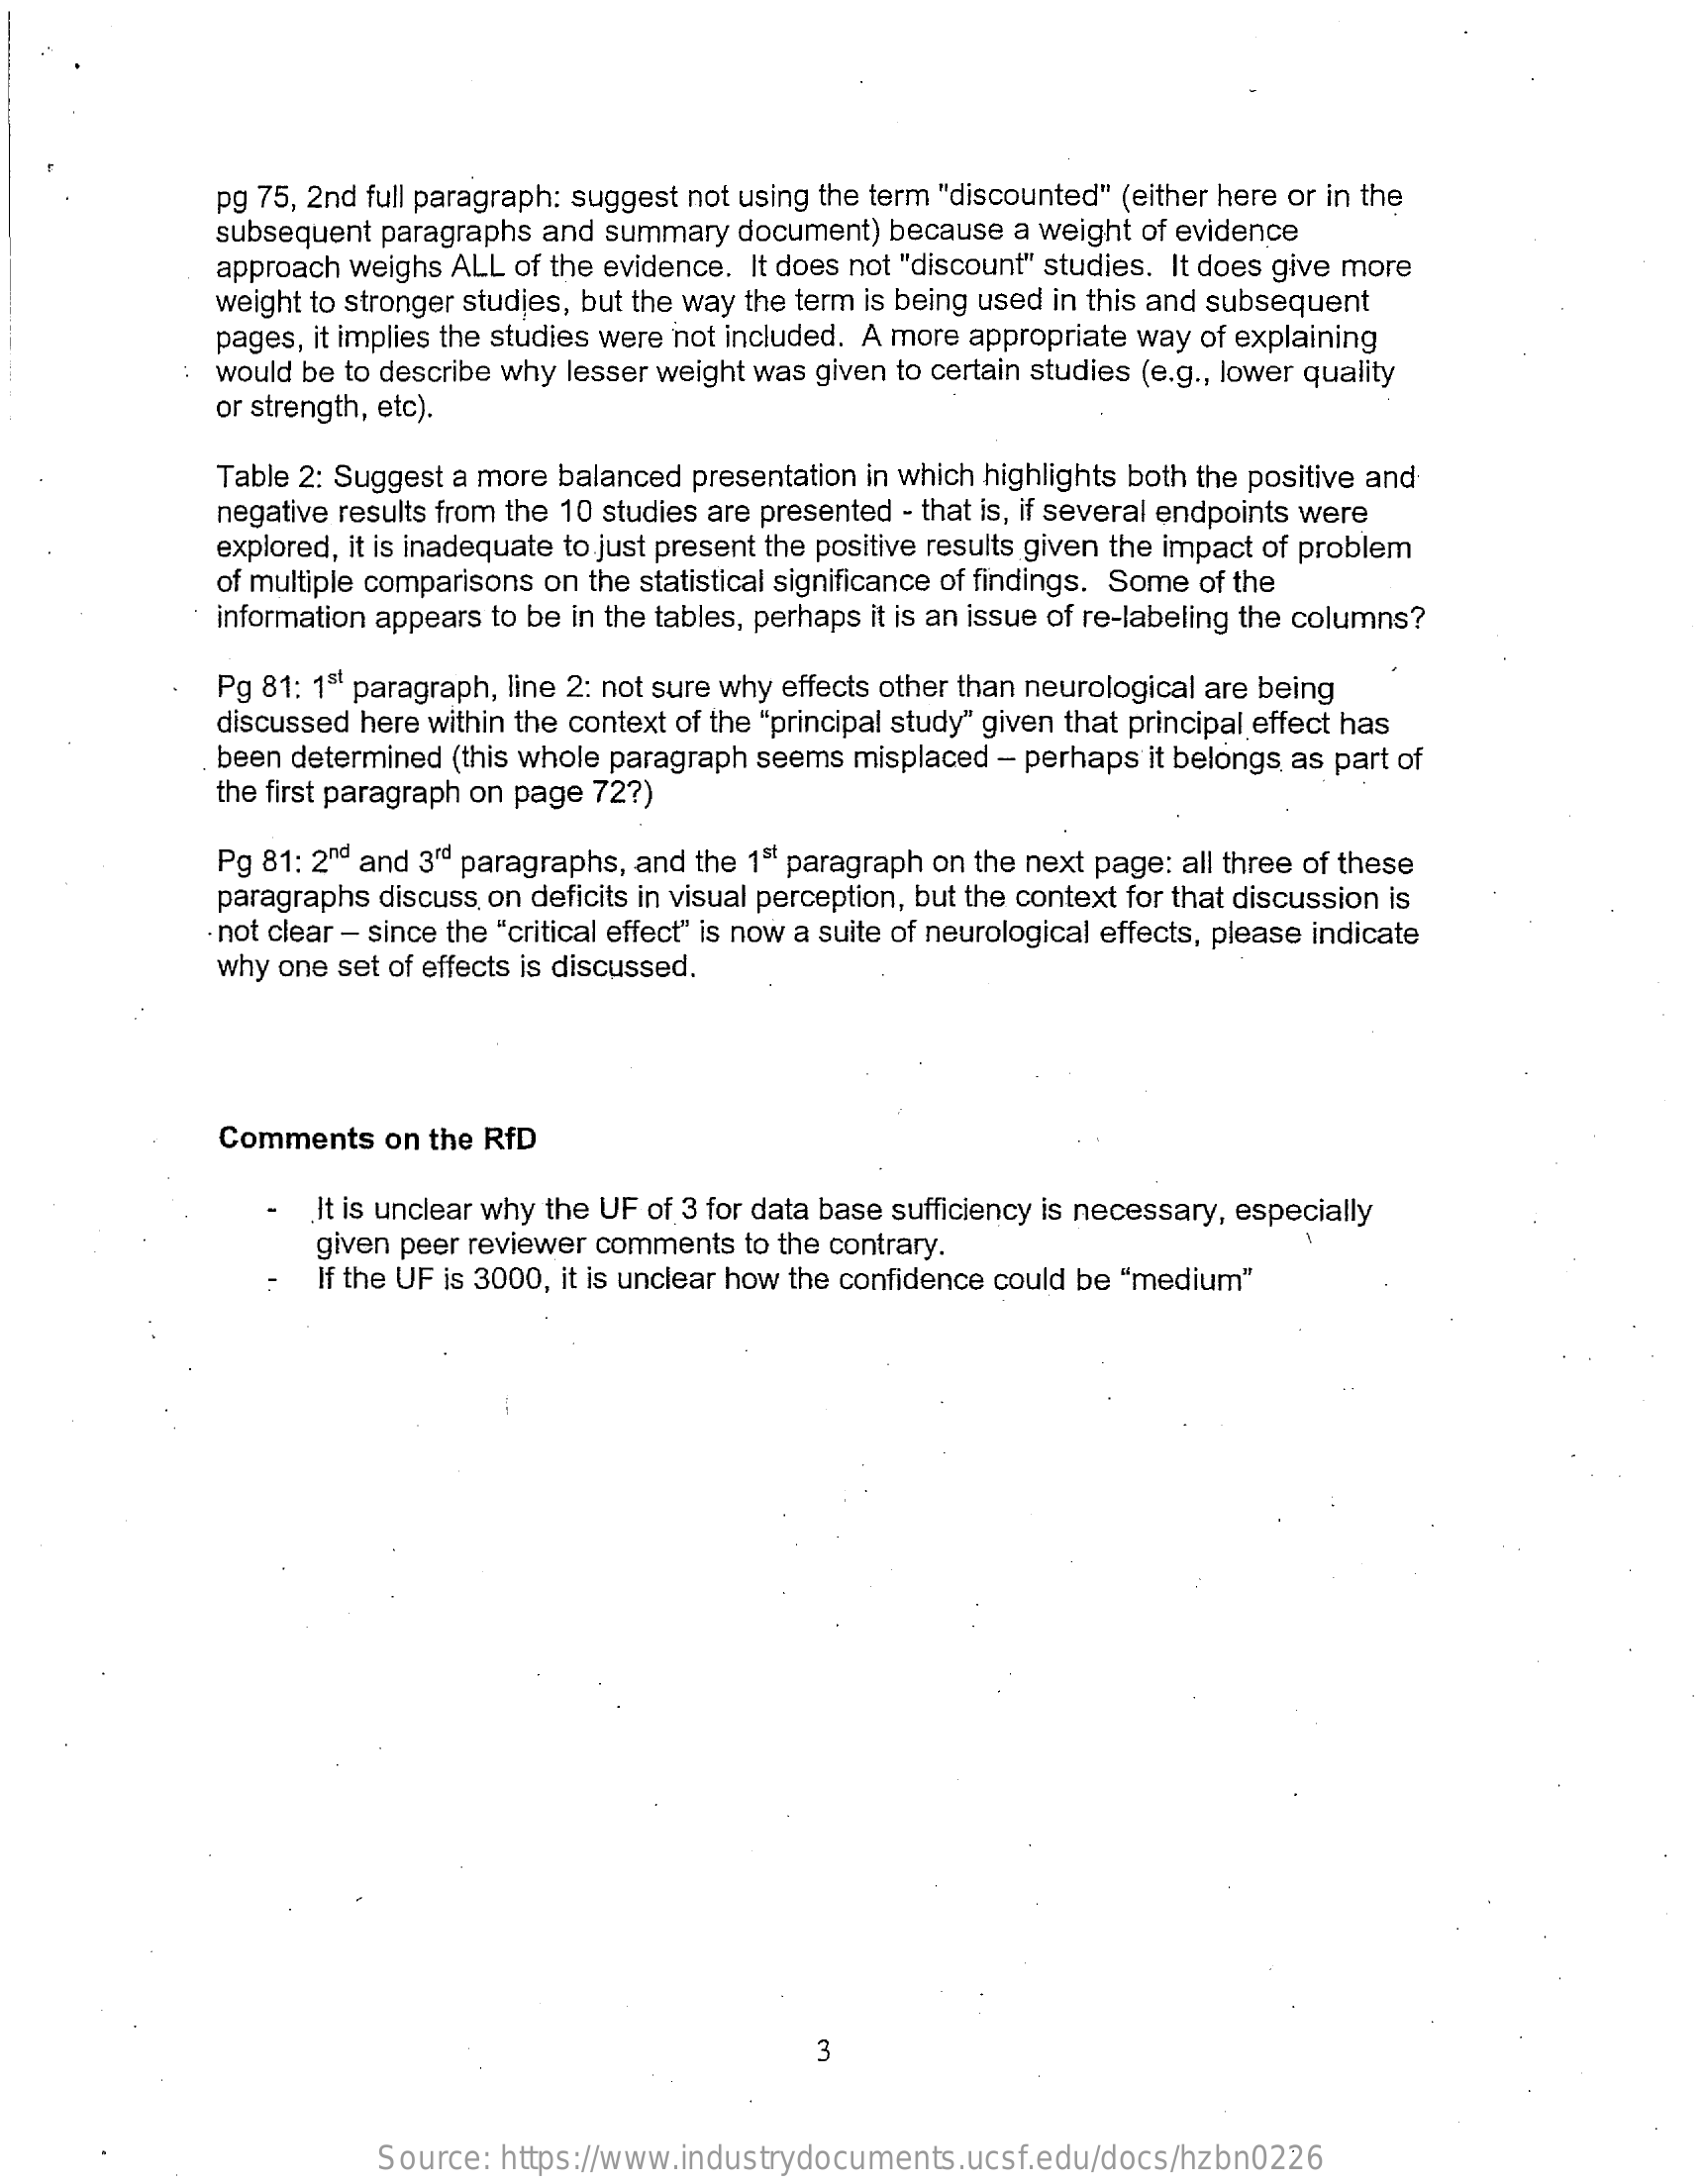
pg 75, 2nd full paragraph: suggest not using the term "discounted" (either here or in the
     subsequent paragraphs and summary document) because a weight of evidence
     approach weighs ALL of the evidence. It does not "discount" studies. It does give more
     weight to stronger studies, but the way the term is being used in this and subsequent
     pages, it implies the studies were not included. A more appropriate way of explaining
     would be to describe why lesser weight was given to certain studies (e.g ., lower quality
     or strength, etc).
     Table 2: Suggest a more balanced presentation in which highlights both the positive and
     negative results from the 10 studies are presented - that is, if several endpoints were
     explored, it is inadequate to just present the positive results given the impact of problem
     of multiple comparisons on the statistical significance of findings. Some of the
     information appears to be in the tables, perhaps it is an issue of re-labeling the columns?
     Pg 81: 181 paragraph, line 2: not sure why effects other than neurological are being
     discussed here within the context of the "principal study" given that principal effect has
     been determined (this whole paragraph seems misplaced - perhaps it belongs as part of
     the first paragraph on page 72?)
     Pg 81: 2nd and 3" paragraphs, and the 15 paragraph on the next page: all three of these
     paragraphs discuss on deficits in visual perception, but the context for that discussion is
     not clear - since the "critical effect" is now a suite of neurological effects, please indicate
     why one set of effects is discussed.
     Comments   on the RfD
     .It is unclear why the UF of 3 for data base sufficiency is necessary, especially
     given peer reviewer comments to the contrary.
     If the UF is 3000, it is unclear how the confidence could be "medium"
     3
     Source: https://www.industrydocuments.ucsf.edu/docs/hzbn0226